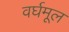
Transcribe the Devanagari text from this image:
वर्घमूल